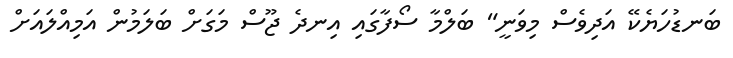
ބަނޑުހަޔެކޭ އަދިވެސް މިވަނީ" ބަލްމާ ސޯފާގައި އިނދެ ޖޫސް މަގަށް ބަލަމުން އަމިއްލައަށް